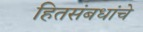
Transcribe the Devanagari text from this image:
हितसंबधांचे